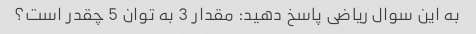
به این سوال ریاضی پاسخ دهید: مقدار 3 به توان 5 چقدر است؟